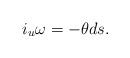
LaTeX: \begin{align*} i_u\omega=-\theta ds.\end{align*}